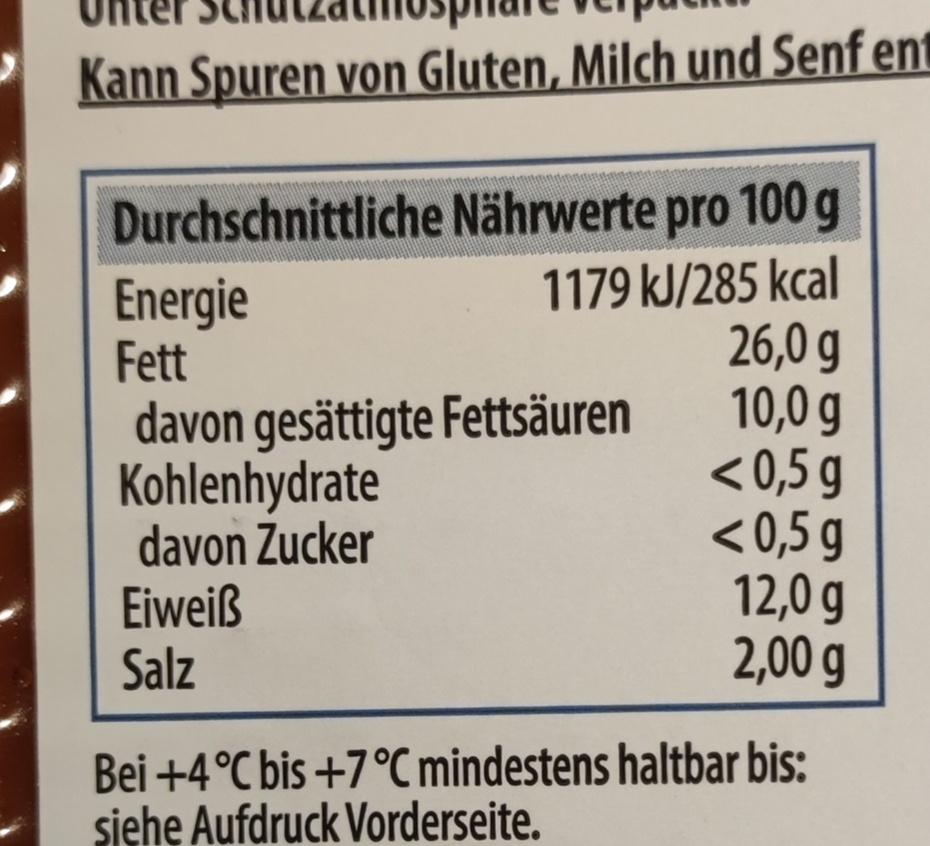
Kann Spuren von Gluten, Milch und Senf ent
Durchschnittliche Nährwerte pro 100g
1179 kJ/285 kcal 26,0 g
davon gesättigte Fettsäuren 10,0 g
Kohlenhydrate
<0,5 g
Energie Fett
davon Zucker
Eiweiß
Salz
<0,5 g
12,0 g
2,00 g
Bei +4°C bis +7 °C mindestens haltbar bis: siehe Aufdruck Vorderseite.